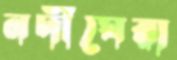
নদীঘেরা